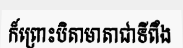
ក៏ព្រោះបិតាមាតាជាទីពឹង